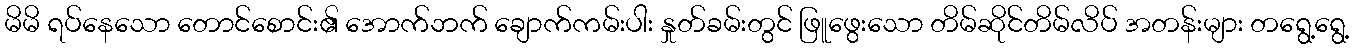
မိမိ ရပ်နေသော တောင်စောင်း၏ အောက်ဘက် ချောက်ကမ်းပါး နှုတ်ခမ်းတွင် ဖြူဖွေးသော တိမ်ဆိုင်တိမ်လိပ် အတန်းများ တရွေ့ရွေ့